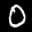
Label: 0